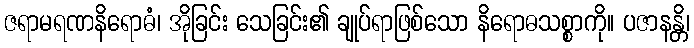
ဇရာမရဏနိရောဓံ၊ အိုခြင်း သေခြင်း၏ ချုပ်ရာဖြစ်သော နိရောဓသစ္စာကို။ ပဇာနန္တိ၊